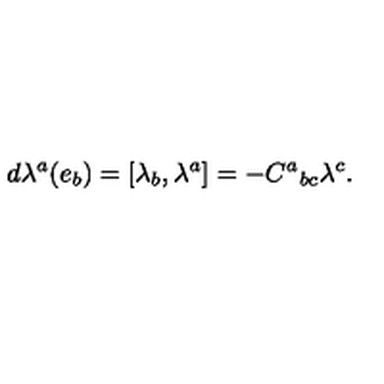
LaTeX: d \lambda ^ { a } ( e _ { b } ) = [ \lambda _ { b } , \lambda ^ { a } ] = - C ^ { a } { } _ { b c } \lambda ^ { c } .